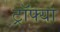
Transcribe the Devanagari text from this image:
ट्रॉफ्या